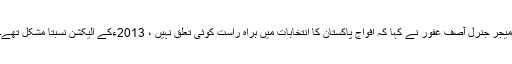
میجر جنرل آصف غفور نے کہا کہ افواج پاکستان کا انتخابات میں براہ راست کوئی تعلق نہیں ، 2013ءکے الیکشن نسبتاً مشکل تھے۔